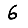
Digit: 6